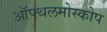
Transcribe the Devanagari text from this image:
ऑफ्थलमोस्कोप